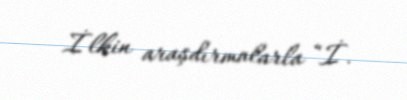
İlkin araşdırmalarla “İ.